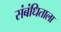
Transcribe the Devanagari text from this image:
संबंधिताला